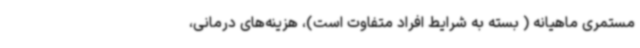
مستمری ماهیانه ( بسته به شرایط افراد متفاوت است)، هزینه‌های درمانی،